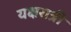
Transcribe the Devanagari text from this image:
यक्षरात्री